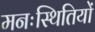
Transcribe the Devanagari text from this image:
मनःस्थितियों